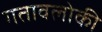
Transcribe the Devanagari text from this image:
गतावलोकी